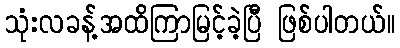
သုံးလခန့်အထိကြာမြင့်ခဲ့ပြီ ဖြစ်ပါတယ်။